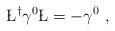
LaTeX: \begin{align*}\L^{\dagger} \gamma^0 \L = - \gamma^0~, \end{align*}